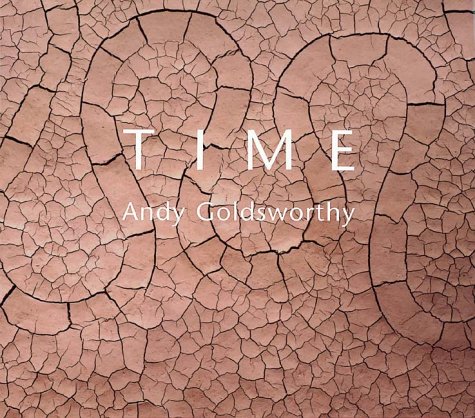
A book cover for Time; Andy Goldsworthy; Arts & Photography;